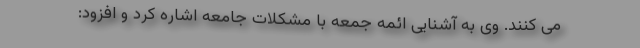
می کنند. وی به آشنایی ائمه جمعه با مشکلات جامعه اشاره کرد و افزود: